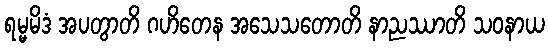
ရမ္မမိဒံ အပတွာတိ ဂဟိတေန အသေသတောတိ နာညဿာတိ သဝနာယ